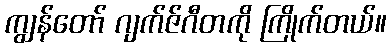
ကျွန်တော် ဂျက်ဇ်ဂီတကို ကြိုက်တယ်။